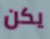
يكن